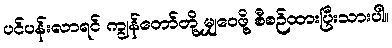
ပင်ပန်းလာရင် ကျွန်တော်တို့ မျှဝေဖို့ စီစဉ်ထားပြီးသားပါ။